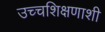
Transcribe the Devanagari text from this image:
उच्चशिक्षणाशी